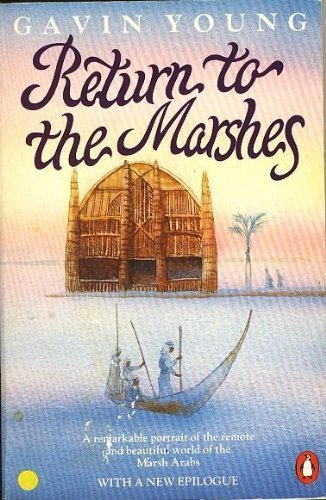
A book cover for Return to the Marshes: Life With the Marsh Arabs of Iraq; Gavin Young; Travel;